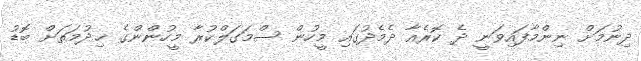
ދިނުމަށް ނިންމާފައިވަނީ ދެ ކޮރެއާ ދެމެދުގައި މީހުން ސްމަގަލްކުރާ މީހުންންގެ ޚިދުމަތަށް ބޮޑު